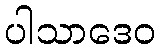
ပါသာဒေဝ